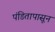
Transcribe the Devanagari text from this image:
पंडितापासून